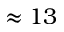
\approx 1 3